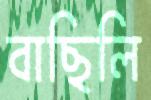
বাছিলি